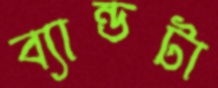
ব্যান্ডটা